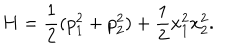
H = \frac { 1 } { 2 } ( p _ { 1 } ^ { 2 } + p _ { 2 } ^ { 2 } ) + \frac { 1 } { 2 } x _ { 1 } ^ { 2 } x _ { 2 } ^ { 2 } .